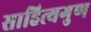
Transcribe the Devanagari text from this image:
साहित्यगुण